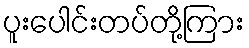
ပူးပေါင်းတပ်တို့ကြား